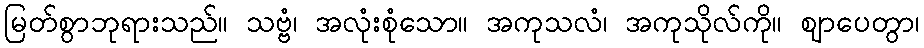
မြတ်စွာဘုရားသည်။ သဗ္ဗံ၊ အလုံးစုံသော။ အကုသလံ၊ အကုသိုလ်ကို။ ဈာပေတွာ၊